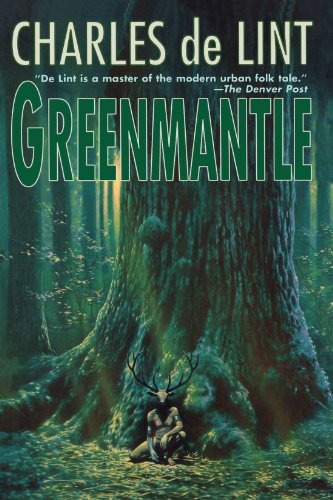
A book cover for Greenmantle; Charles de Lint; Science Fiction & Fantasy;